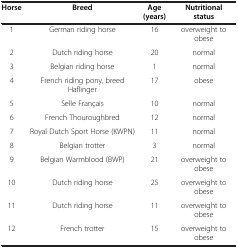
<table><thead><tr><td><b>Horse</b></td><td><b>Breed</b></td><td><b>Age (years)</b></td><td><b>Nutritional status</b></td></tr></thead><tbody><tr><td>1</td><td>German riding horse</td><td>16</td><td>overweight to obese</td></tr><tr><td>2</td><td>Dutch riding horse</td><td>20</td><td>normal</td></tr><tr><td>3</td><td>Belgian riding horse</td><td>1</td><td>normal</td></tr><tr><td>4</td><td>French riding pony, breed Haflinger</td><td>17</td><td>obese</td></tr><tr><td>5</td><td>Selle Français</td><td>10</td><td>normal</td></tr><tr><td>6</td><td>French Thouroughbred</td><td>12</td><td>normal</td></tr><tr><td>7</td><td>Royal Dutch Sport Horse (KWPN)</td><td>11</td><td>normal</td></tr><tr><td>8</td><td>Belgian trotter</td><td>3</td><td>normal</td></tr><tr><td>9</td><td>Belgian Warmblood (BWP)</td><td>21</td><td>overweight to obese</td></tr><tr><td>10</td><td>Dutch riding horse</td><td>25</td><td>overweight to obese</td></tr><tr><td>11</td><td>Dutch riding horse</td><td>11</td><td>overweight to obese</td></tr><tr><td>12</td><td>French trotter</td><td>15</td><td>overweight to obese</td></tr></tbody></table>